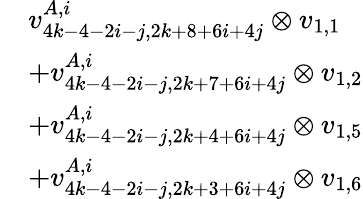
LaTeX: \begin{array}{rl}&{v_{4k-4-2i-j,2k+8+6i+4j}^{A,i}\otimes v_{1,1}}\\ &{+v_{4k-4-2i-j,2k+7+6i+4j}^{A,i}\otimes v_{1,2}}\\ &{+v_{4k-4-2i-j,2k+4+6i+4j}^{A,i}\otimes v_{1,5}}\\ &{+v_{4k-4-2i-j,2k+3+6i+4j}^{A,i}\otimes v_{1,6}}\end{array}